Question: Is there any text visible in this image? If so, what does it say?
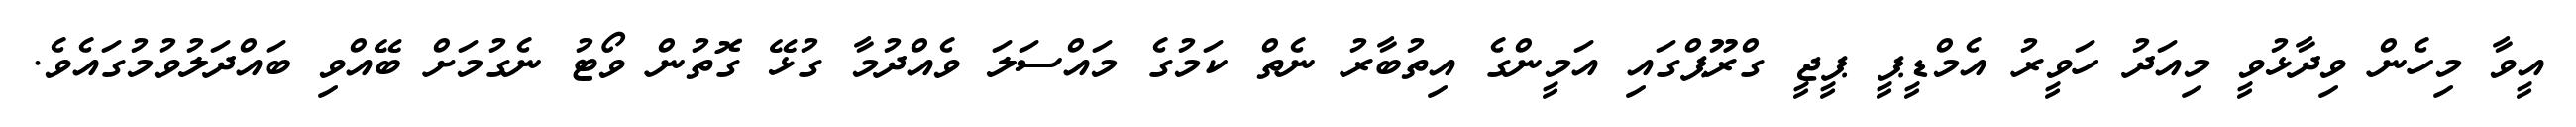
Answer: އީވާ މިހެން ވިދާޅުވީ މިއަދު ހަވީރު އެމްޑީޕީ ޕީޖީ ގްރޫޕްގައި އަމީންގެ އިތުބާރު ނެތް ކަމުގެ މައްސަލަ ވެއްދުމާ ގުޅޭ ގޮތުން ވޯޓު ނެގުމަށް ބޭއްވި ބައްދަލުވުމުގައެވެ.